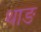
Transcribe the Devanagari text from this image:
थाङ